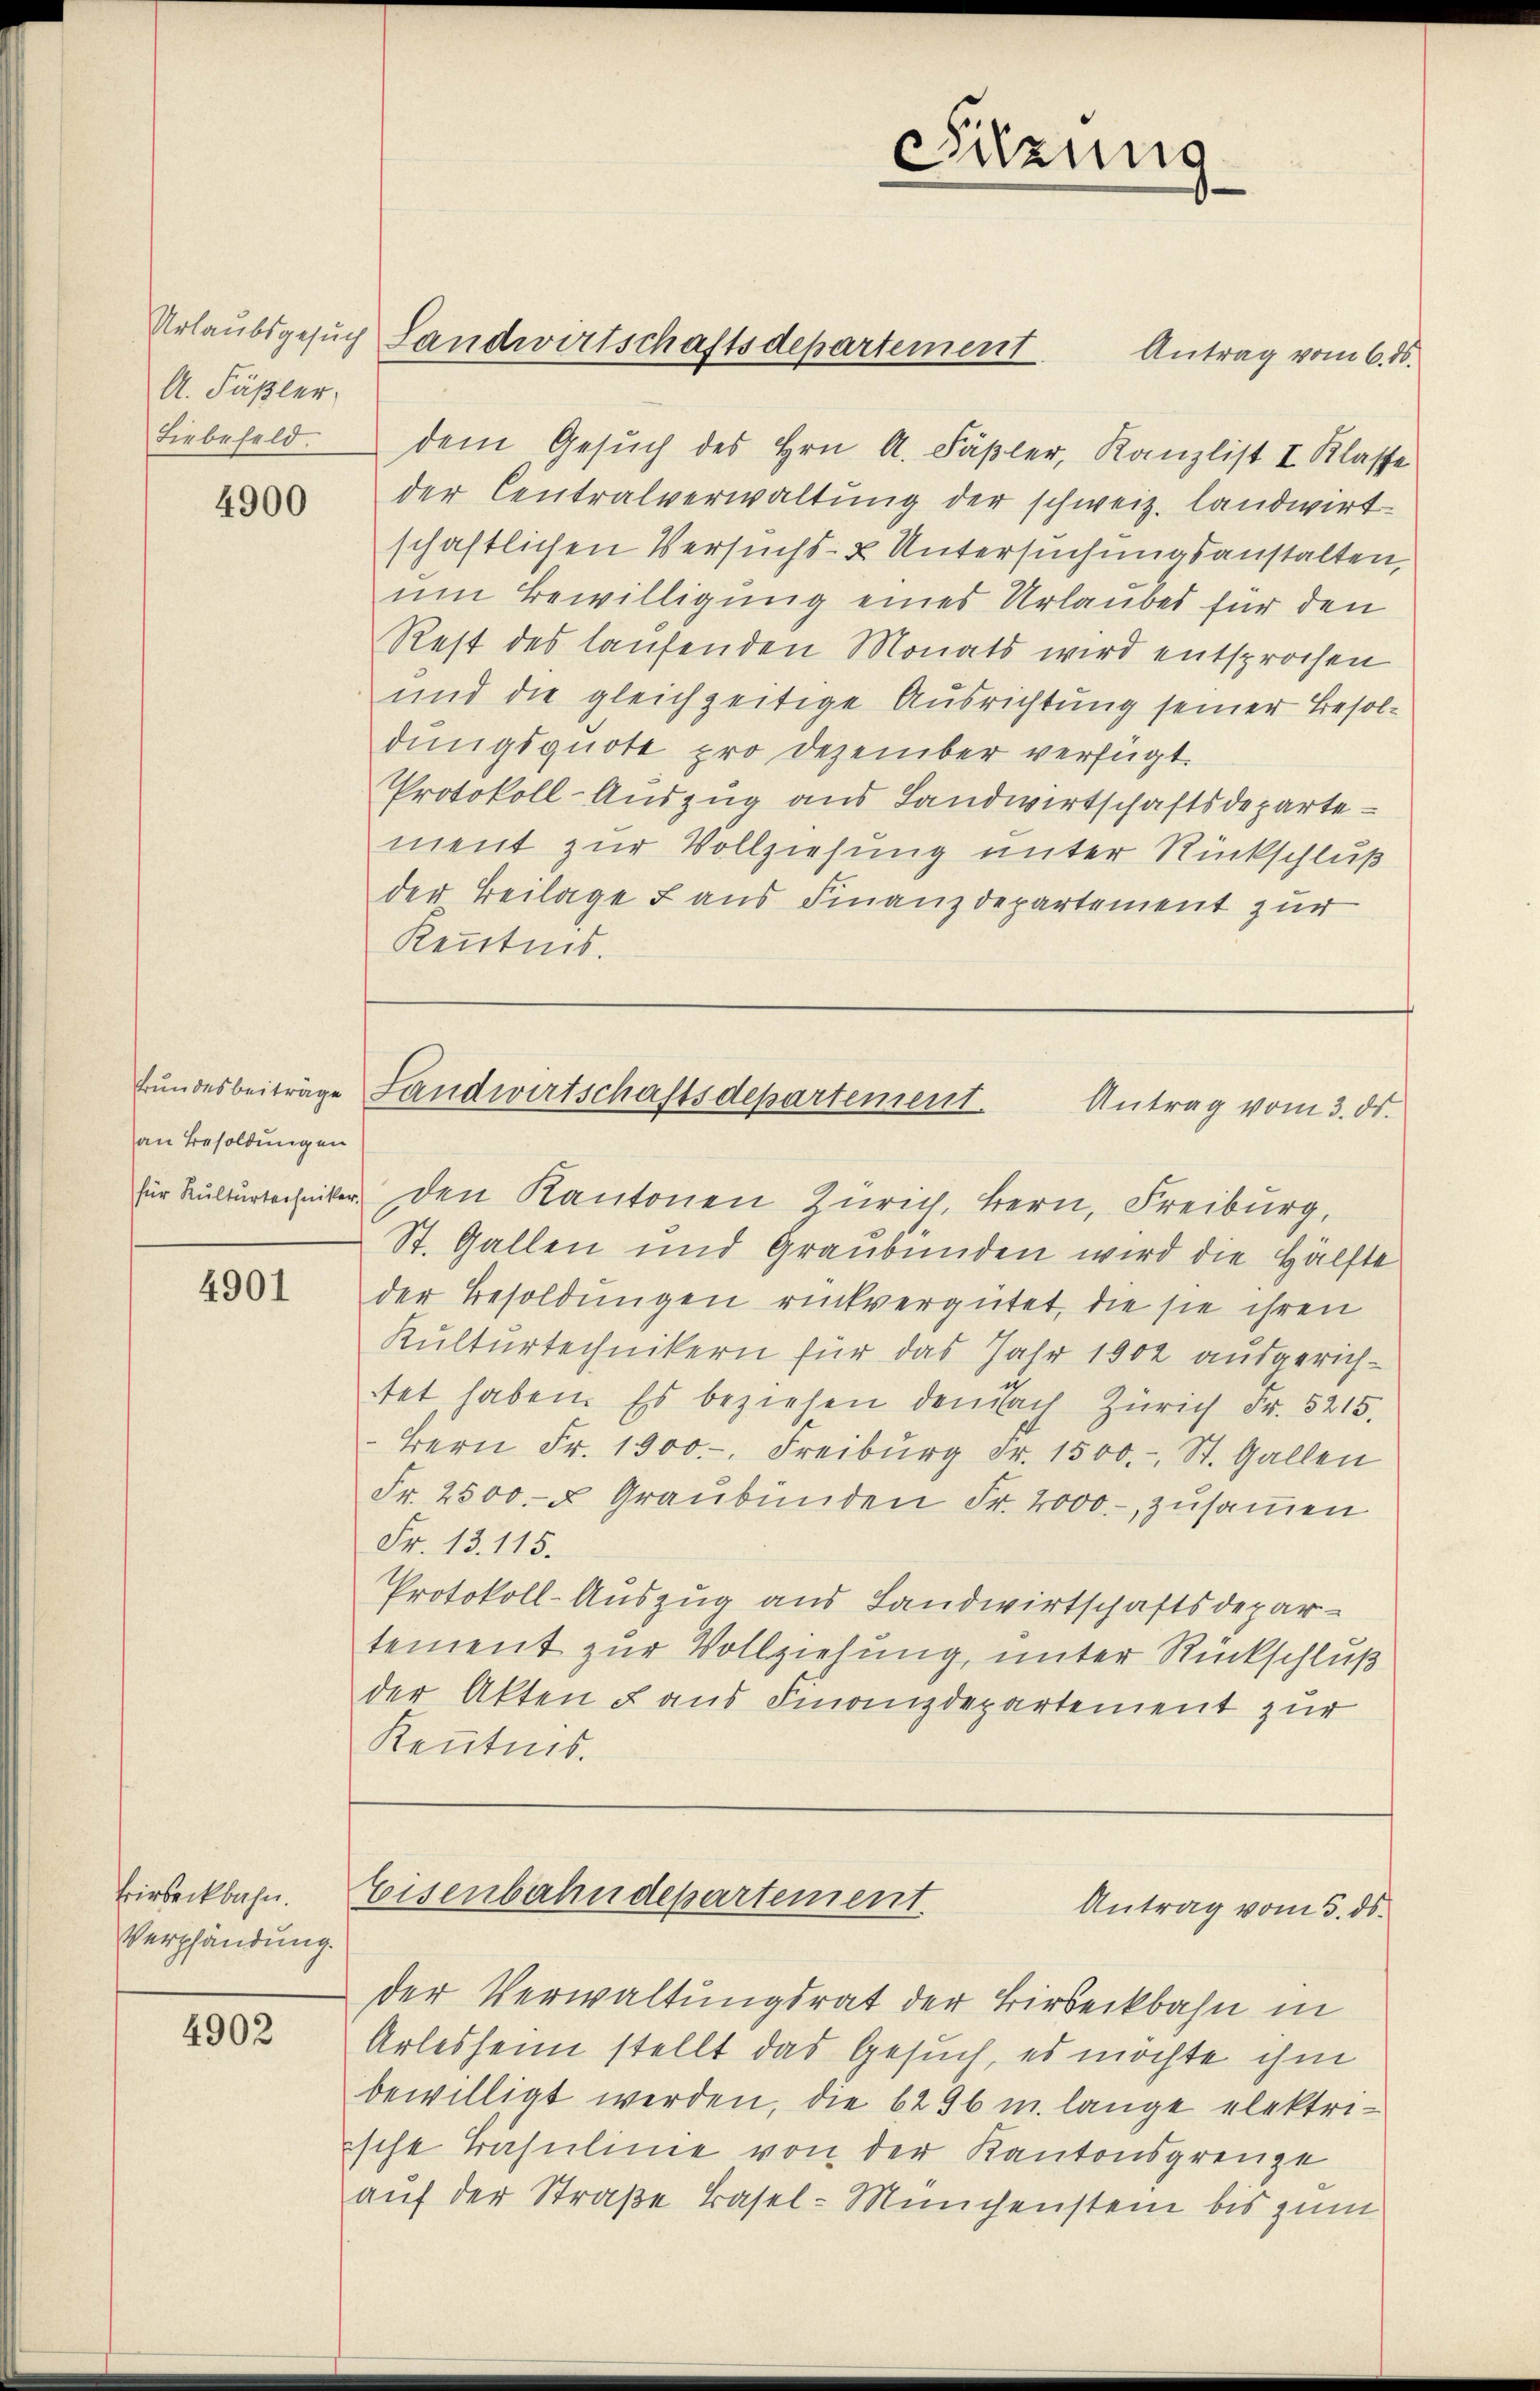
A. Fäßler,
Liebefeld.

4900

Bundesbeiträge
an Besoldungen

4901

Birseckbahn.
Verpfändung.

4902

dem Gesŭch des Hrn. A. Fäßler, Kanzlist I. Klasse
der Centralverwaltung der schweiz. landwirt-
schaftlichen Versuchs- & Untersuchungsanstalten,
um Bewilligung eines Urlaubes für den
Rest des laufenden Monats wird entsprochen
und die gleichzeitige Ausrichtung seiner Besoldungsquote pro Dezember verfügt:
Protokoll-Auszug aus Landwirtschaftsdepartement zur Vollziehung unter Rückschluß
der Beilage aus Finanzdepartement zur
Kenntnis.

für Kulturtechniker den Kantonen Zürich, Bern, Freiburg,
St. Gallen und Graubünden wird die Hälfte
der Besoldungen rückvergütet, die sie ihren
Kulturtechnikern für das Jahr 1902 ausgerichtet haben. Es beziehen demnach Zürich Fr. 5215.
Bern Fr. 1900.- Freiburg Fr. 1500.-, St. Gallen
Fr. 2500. u Graubünden Fr. 2000.- zusammen
Fr. 13. 115.
Protokoll-Auszug aus Landwirtschaftsdepartement zur Vollziehung, unter Rückschluß
der Akten u aus Finanzdepartement zur
Kenntnis.

Urlaubsgesuch Landwirtschaftsdepartement Antrag vom 6. ds.

Sitzung

Landwirtschaftsdepartement. Antrag vom 3. ds.

Eisenbahndepartement.
Antrag vom 5. ds.

der Verwaltungsrat der Birseckbahn in
Arlesheim stellt das Gesuch, es möchte ihm
bewilligt werden, die 6296 u. lange elektrische Basulinie von der Kantonsgrenze
auf der Straße Basel-Münchenstein bis zum